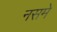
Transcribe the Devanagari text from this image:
नसमे